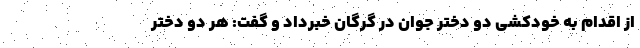
از اقدام به خودکشی دو دختر جوان در گرگان خبرداد و گفت: هر دو دختر